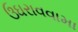
ઉઘરાવવામા